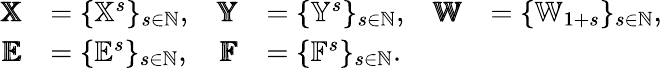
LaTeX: \begin{array}{rlrlrl}{\pmb{\mathbb{X}}}&{=\{ {\mathbb{X}^{s}}\} _{s\in\mathbb{N}},}&{\pmb{\mathbb{Y}}}&{=\{ {\mathbb{Y}^{s}}\} _{s\in\mathbb{N}},}&{\pmb{\mathbb{W}}}&{=\{ {\mathbb{W}_{1+s}}\} _{s\in\mathbb{N}},}\\ {\pmb{\mathbb{E}}}&{=\{ {\mathbb{E}^{s}}\} _{s\in\mathbb{N}},}&{\pmb{\mathbb{F}}}&{=\{ {\mathbb{F}^{s}}\} _{s\in\mathbb{N}}.}\end{array}